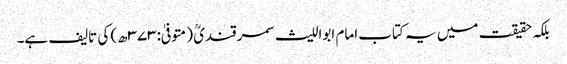
بلکہ حقیقت میں یہ کتاب امام ابواللیث سمرقندیؒ (متوفیٰ:۳۷۳ھ) کی تالیف ہے۔